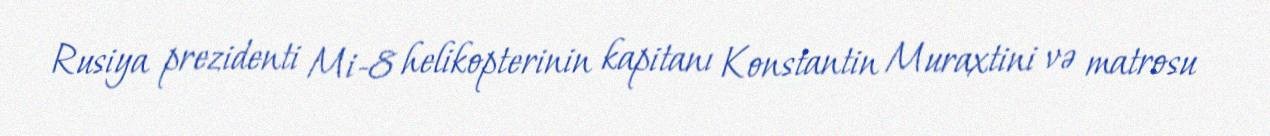
Rusiya prezidenti Mi-8 helikopterinin kapitanı Konstantin Muraxtini və matrosu